65_HS1-834228961_62-HQ-83894_Section_9
Agency: FBI
Page 116
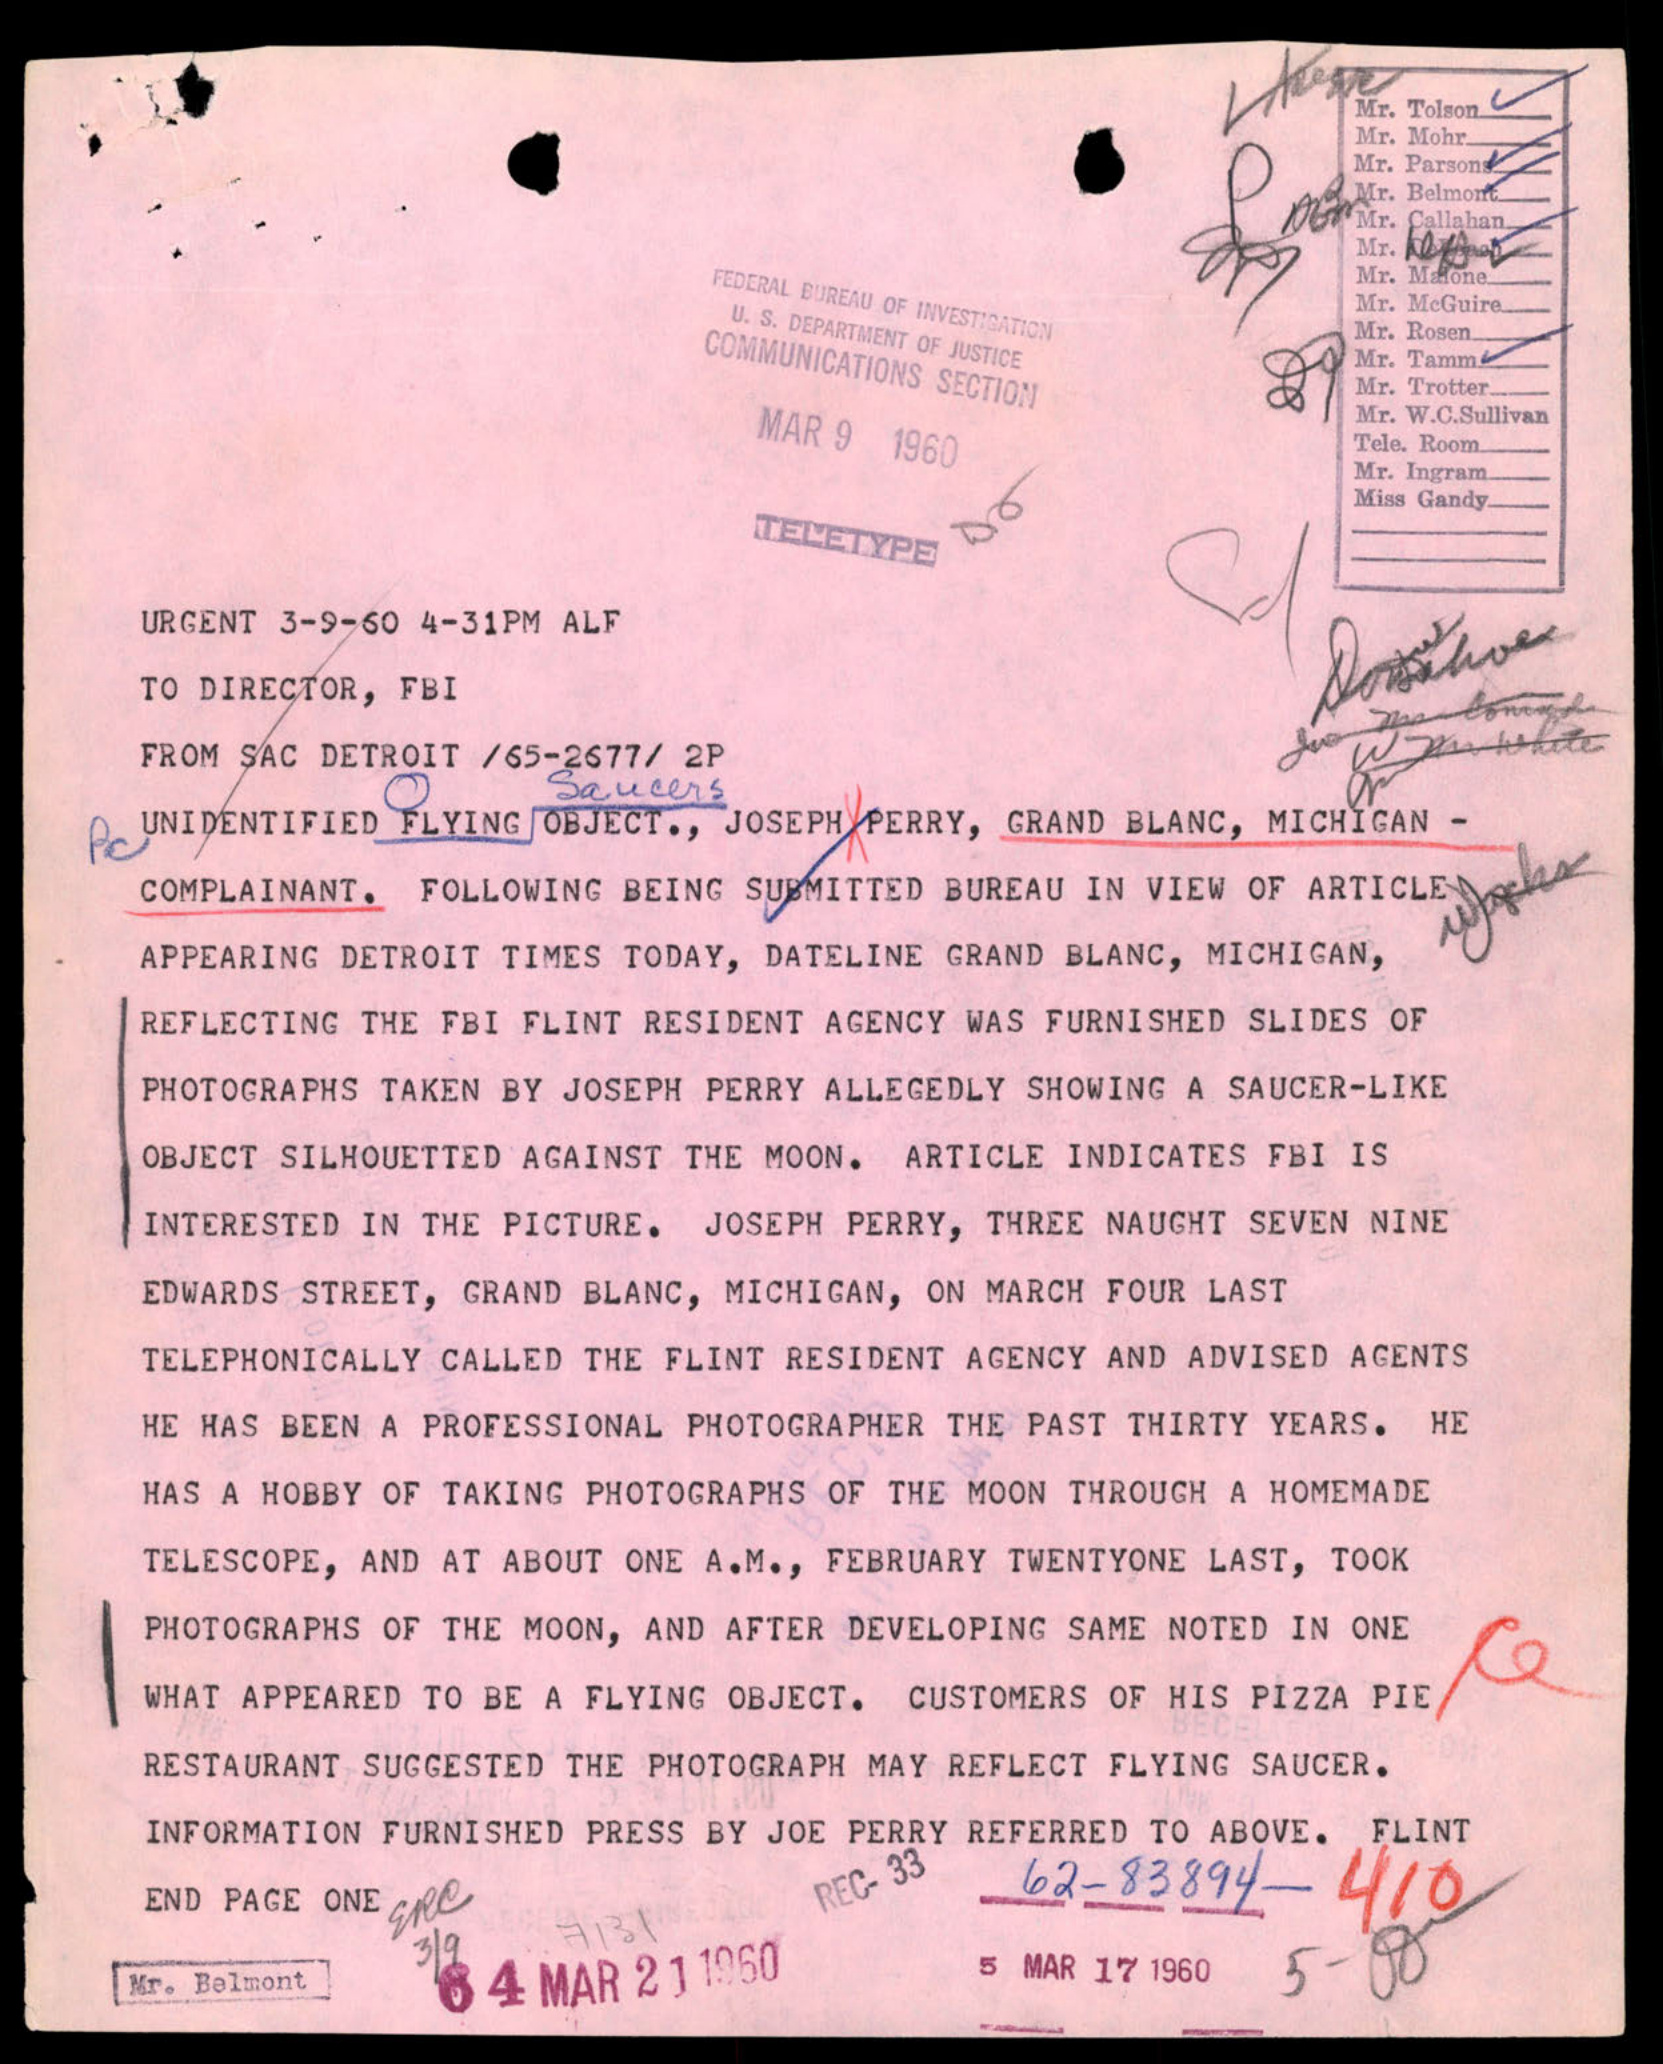